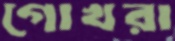
গোখরা